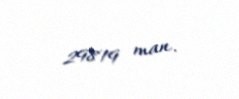
29819 man.